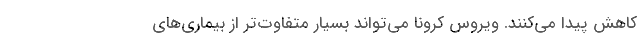
کاهش پیدا می‌کنند. ویروس کرونا می‌تواند بسیار متفاوت‌تر از بیماری‌های